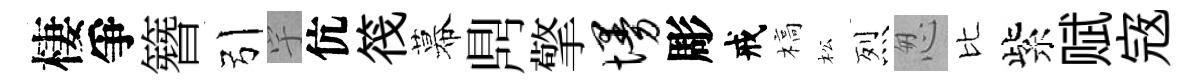
棲爭簪引宇伉筏幕𪔂擎墁彫戒槁松烈怱比紫赋𡨥